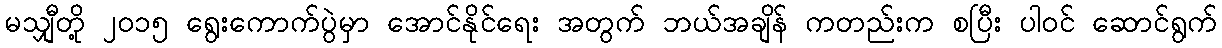
မသျှီတို့ ၂၀၁၅ ရွေးကောက်ပွဲမှာ အောင်နိုင်ရေး အတွက် ဘယ်အချိန် ကတည်းက စပြီး ပါဝင် ဆောင်ရွက်